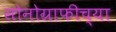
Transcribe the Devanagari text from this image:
सोनोग्राफीच्या